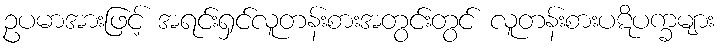
ဥပမာအားဖြင့် အရင်းရှင်လူတန်းစားအတွင်းတွင် လူတန်းစားပဋိပက္ခများ